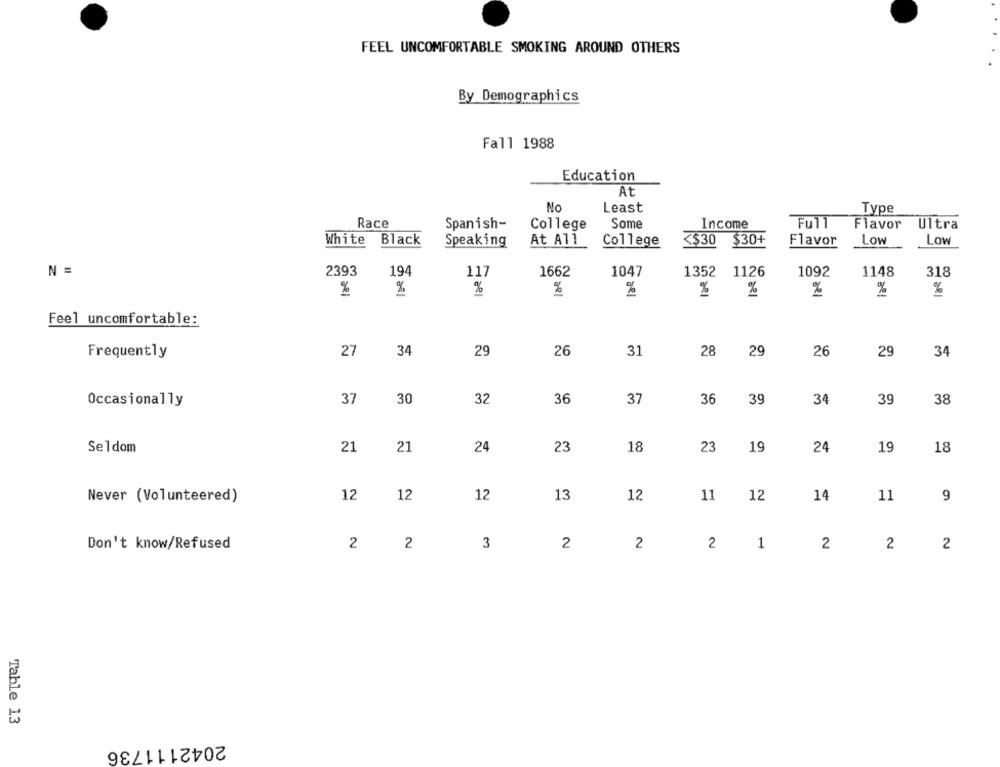
FEEL UNCOMFORTABLE SMOKING AROUND OTHERS
By Demographics
Fall 1988
Education
At
No
Least
Type
Race
Spanish-
College
Some
Income
Full
Flavor
Ultra
White
Black
Speaking
At All
College
<$30
$30+
Flavor
Low
Low
N =
2393
194
117
1662
1047
1352 1126
1092
1148
318
%
%
%
%
%
%
Feel uncomfortable:
27
34
29
26
31
28
29
26
29
34
Frequently
30
36
36
39
39
38
Occasionally
37
32
37
34
Seldom
21
21
24
23
18
23
19
24
19
18
Never (Volunteered)
12
12
12
13
12
11
12
14
11
9
2
2
3
2
2
2
Don't know/Refused
2
2 1
2
Table 13
2042111736